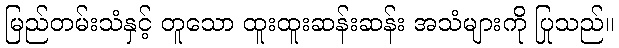
မြည်တမ်းသံနှင့် တူသော ထူးထူးဆန်းဆန်း အသံများကို ပြုသည်။